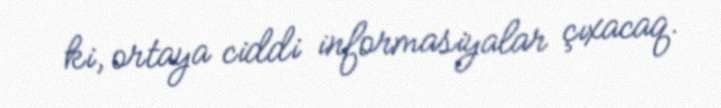
ki, ortaya ciddi informasiyalar çıxacaq.